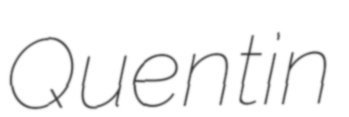
Quentin